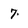
Character: 7